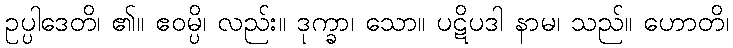
ဥပ္ပါဒေတိ၊ ၏။ ဧဝမ္ပိ၊ လည်း။ ဒုက္ခာ၊ သော။ ပဋိပဒါ နာမ၊ သည်။ ဟောတိ၊